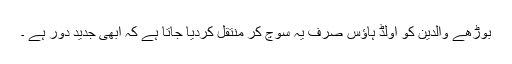
بوڑھے والدین کو اولڈ ہاؤس صرف یہ سوچ کر منتقل کردیا جاتا ہے کہ ابھی جدید دور ہے ۔